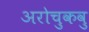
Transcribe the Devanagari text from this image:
अरोचुकवु